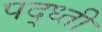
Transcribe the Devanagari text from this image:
पद्ध्ती